Indian journal of veterinary science and animal husbandry - Volume 3,
Year: 1933
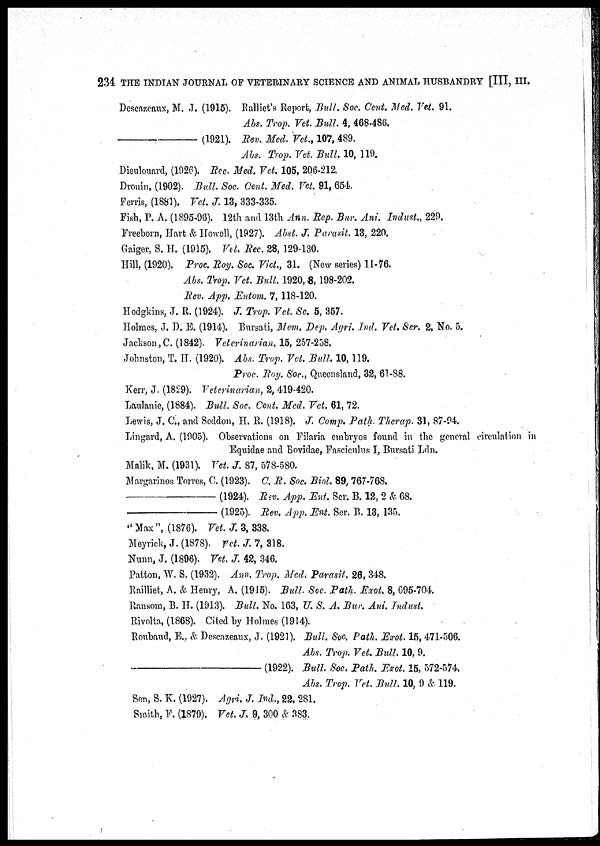
234 THE INDIAN JOURNAL OF VETERINARY SCIENCE AND ANIMAL HUSBANDRY [III, III.
Descazeaux, M. J. (1915). Ralliet's Report, Bull. Soc. Cent. Med. Vet. 91.
Abs. Trop. Vet. Bull. 4, 468-486.
—
(1921). Rev. Med. Vet., 107, 489.
Abs. Trop. Vet. Bull. 10, 119.
Dieulouard, (1926). Rec. Med. Vet. 105, 206-212.
Drouin, (1902). Bull. Soc. Cent. Med. Vet. 91, 654.
Ferris, (1881). Vet. J. 13, 333-335.
Fish, P. A. (1895-96). 12th and 13th Ann. Rep. Bur. Ani. Indust., 229.
Freeborn, Hart & Howell, (1927). Abst. J. Parasit. 13, 220.
Gaiger, S. H. (1915). Vet. Rec. 28, 129-130.
Hill, (1920). Proc. Roy. Soc. Vict., 31. (New series) 11-76.
Abs. Trop. Vet. Bull. 1920, 8, 198-202.
Rev. App. Entom. 7, 118-120.
Hodgkins, J. R. (1924). J. Trop. Vet. Sc. 5, 357.
Holmes, J. D. E. (1914). Bursati, Mem. Dep. Agri. Ind. Vet. Ser. 2, No. 5.
Jackson,C. (1842). Veterinarian, 15, 257-258.
Johnston, T. H. (1920). Abs. Trap. Vet. Bull. 10, 119.
Proc. Roy. Soc., Queensland, 32, 61-88.
Kerr, J. (1829). Veterinarian, 2, 419-420.
Laulanie, (1884). Bull. Soc. Cent. Med. Vet. 61, 72.
Lewis, J. C., and Seddon, H. R. (1918). J. Comp. Path Therap. 31, 87-94.
Lingard, A. (1905). Observations on Filaria embryos found in the general circulation in
Equidae and Bovidae, Fasciculus I, Bursati Ldn.
Malik, M. (1931). Vet. J. 87, 578-580.
Margarinos Torres, C. (1923). C. R. Soc. Biol. 89, 767-768.
—
(1924). Rev. App. Ent. Ser. B. 12, 2 & 68.
—
(1925). Rev. App. Ent. Ser. B. 13, 135.
"Max", (1876). Vet. J. 3, 338.
Meyrick, J. (1878). Vet. J. 7, 318.
Nunn, J. (1896). Vet. J. 42, 346.
Patton, W. S. (1932). Ann. Trop. Med. Parasit. 26, 348.
Railliet, A. & Henry, A. (1915). Bull. Soc. Path. Exot. 8, 695-704.
Ransom, B. H. (1913). Bull. No. 163, U. S. A. Bur. Ani. Indust.
Rivolta, (1868). Cited by Holmes (1914).
Roubaud, E., & Descazeaux, J. (1921). Bull. Soc. Path. Exot. 15, 471-506.
Abs. Trop. Vet. Bull. 10, 9.
—
(1922). Bull. Soc. Path. Exot. 15, 572-574.
Abs. Trop. Vet. Bull. 10, 9 & 119.
Sen, S. K. (1927). Agri. J. Ind., 22, 281.
Smith, F. (1879). Vet. J, 9, 300 & 383.